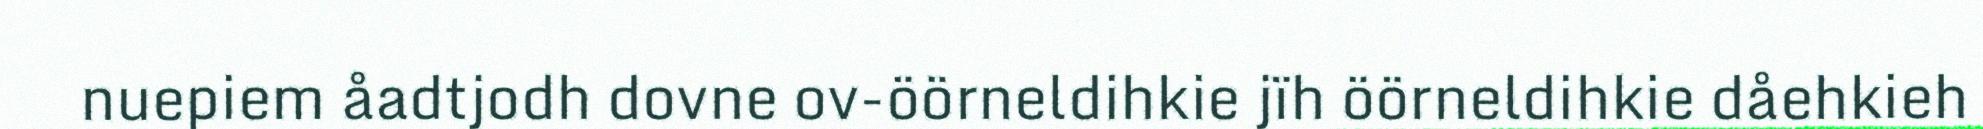
nuepiem åadtjodh dovne ov-öörneldihkie jïh öörneldihkie dåehkieh